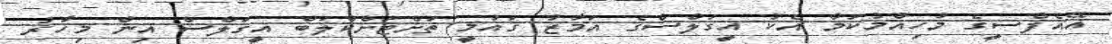
އޭއެފްސީގެ މުހިއްމުކަމާ އެކު އީގަލްސްގެ އަމާޒު ގައުމީ ތަށްޓަށްކްލަބް އީގަލްސް އިން މިހާރު